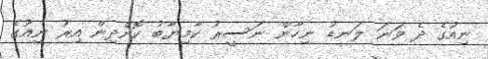
ނިއުގެ ދެ ވަނަ ލަނޑު ނިހާން ނަސީރު ކާމިޔާބު ކޮށްދިން އިރު ނިއުގެ